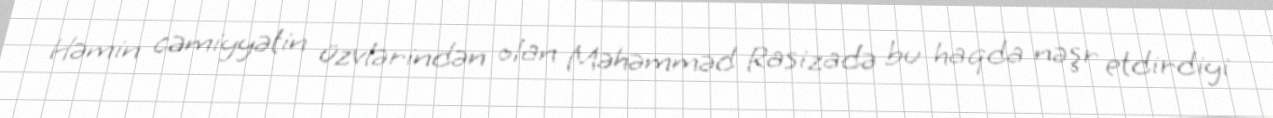
Həmin cəmiyyətin üzvlərindən olan Məhəmməd Rasizadə bu haqda nəşr etdirdiyi